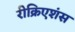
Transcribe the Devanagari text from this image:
रीक्रिएशंस